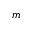
m